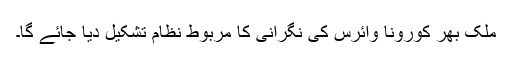
ملک بھر کورونا وائرس کی نگرانی کا مربوط نظام تشکیل دیا جائے گا۔